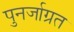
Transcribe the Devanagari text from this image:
पुनर्जाग्रत